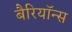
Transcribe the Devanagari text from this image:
बैरियॉन्स